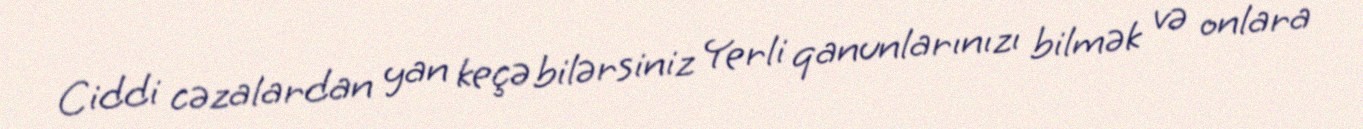
Ciddi cəzalardan yan keçə bilərsiniz Yerli qanunlarınızı bilmək və onlara